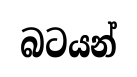
බටයන්